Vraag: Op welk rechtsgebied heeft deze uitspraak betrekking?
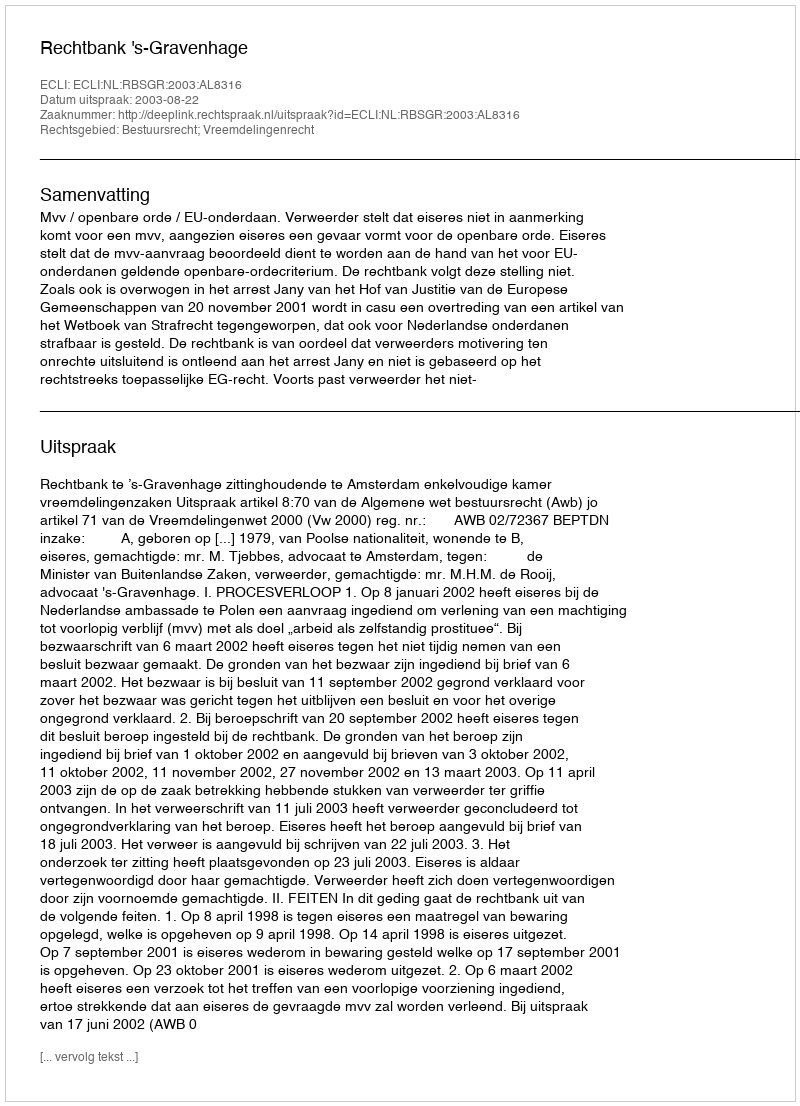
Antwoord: Bestuursrecht; Vreemdelingenrecht